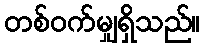
တစ်ဝက်မျှရှိသည်။